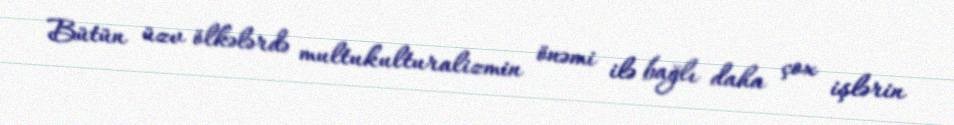
Bütün üzv ölkələrdə multukulturalizmin önəmi ilə bağlı daha çox işlərin